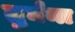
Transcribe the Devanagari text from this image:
तुर्घना